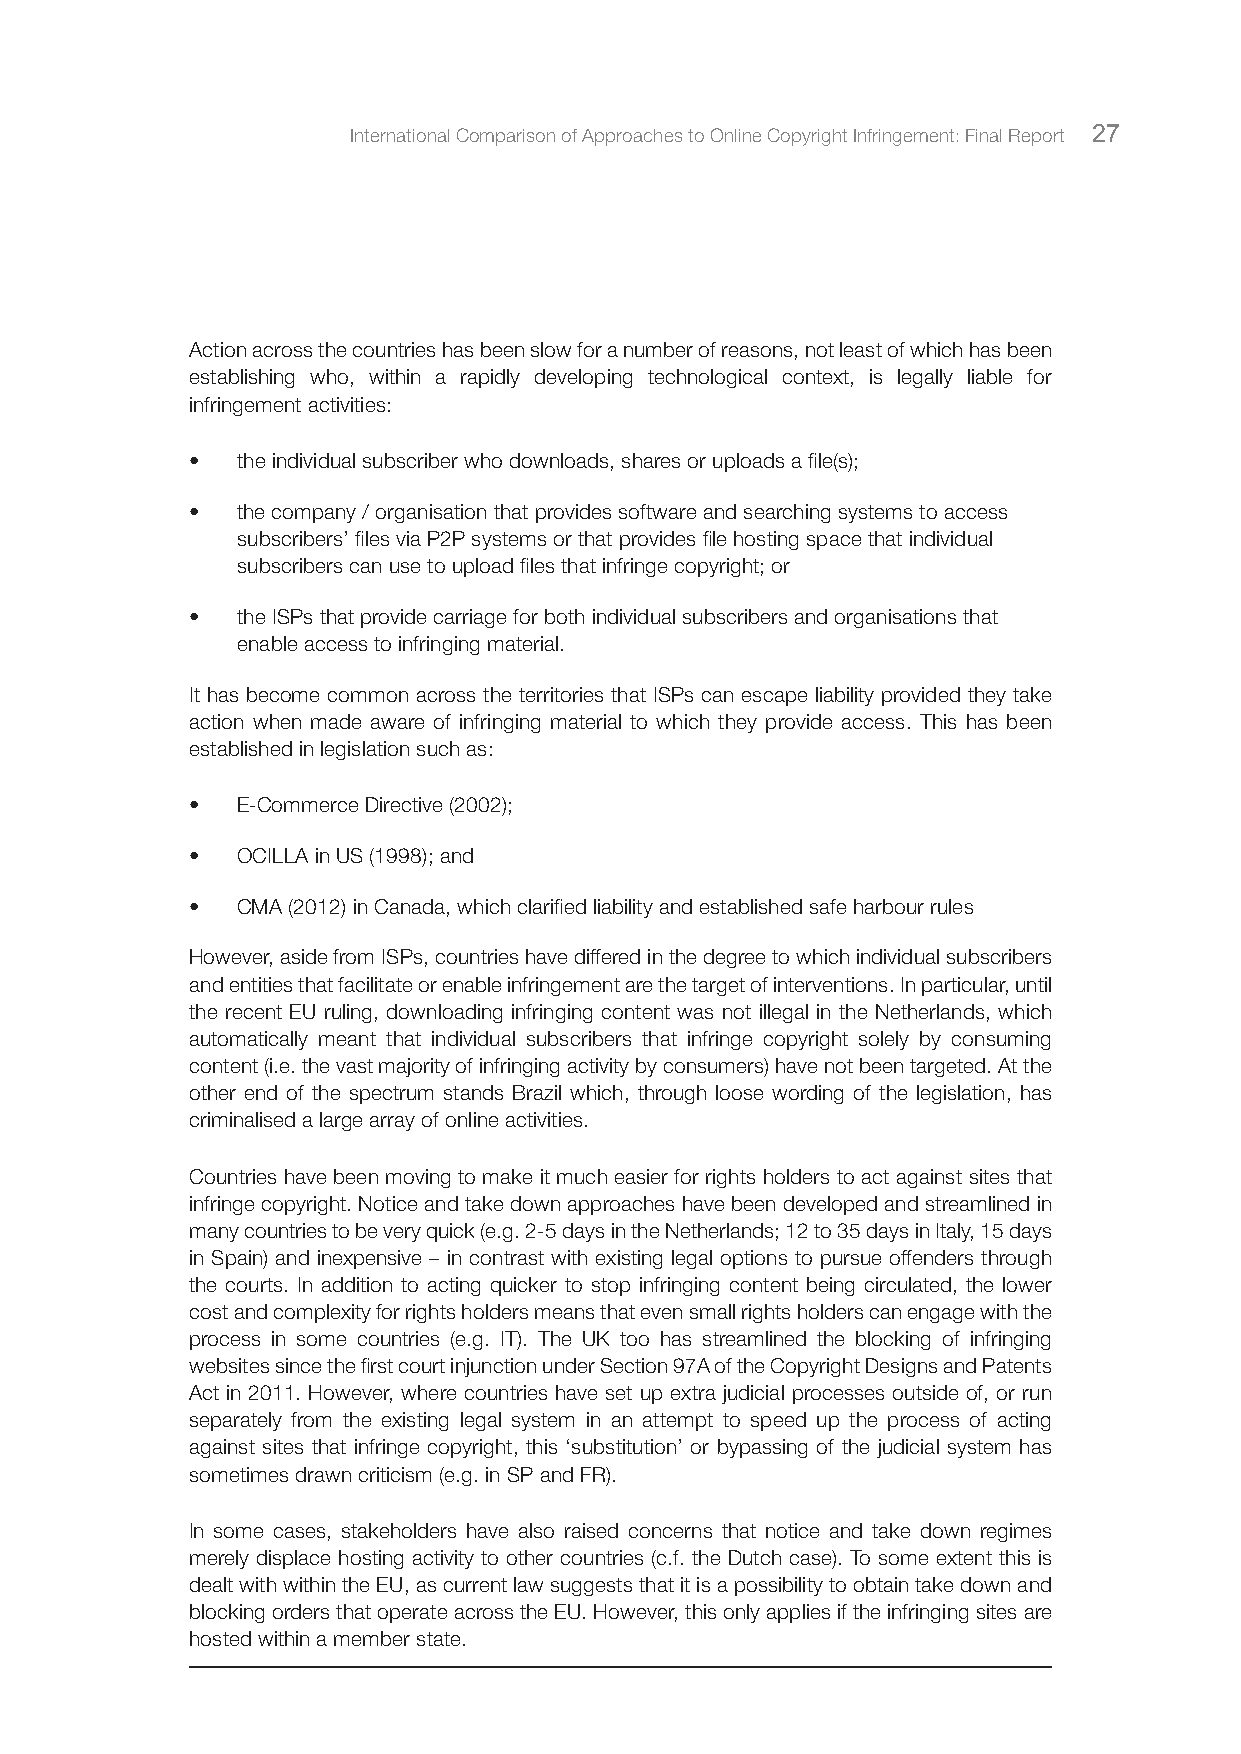
International Comparison of Approaches to Online Copyright Infringement: Final Report 27
 Action across the countries has been slow for a number of reasons, not least of which has been
 establishing who, within a rapidly developing technological context, is legally liable for
 infringement activities:
 •  the individual subscriber who downloads, shares or uploads a file(s);
 •  the company / organisation that provides software and searching systems to access
 subscribers’ files via P2P systems or that provides file hosting space that individual
 subscribers can use to upload files that infringe copyright; or
 •  the ISPs that provide carriage for both individual subscribers and organisations that
 enable access to infringing material.
 It has become common across the territories that ISPs can escape liability provided they take
 action when made aware of infringing material to which they provide access. This has been
 established in legislation such as:
 •  E-Commerce Directive (2002);
 •  OCILLA in US (1998); and
 •  CMA (2012) in Canada, which clarified liability and established safe harbour rules
 However, aside from ISPs, countries have differed in the degree to which individual subscribers
 and entities that facilitate or enable infringement are the target of interventions. In particular, until
 the recent EU ruling, downloading infringing content was not illegal in the Netherlands, which
 automatically meant that individual subscribers that infringe copyright solely by consuming
 content (i.e. the vast majority of infringing activity by consumers) have not been targeted. At the
 other end of the spectrum stands Brazil which, through loose wording of the legislation, has
 criminalised a large array of online activities.
 Countries have been moving to make it much easier for rights holders to act against sites that
 infringe copyright. Notice and take down approaches have been developed and streamlined in
 many countries to be very quick (e.g. 2-5 days in the Netherlands; 12 to 35 days in Italy, 15 days
 in Spain) and inexpensive – in contrast with existing legal options to pursue offenders through
 the courts. In addition to acting quicker to stop infringing content being circulated, the lower
 cost and complexity for rights holders means that even small rights holders can engage with the
 process in some countries (e.g. IT). The UK too has streamlined the blocking of infringing
 websites since the first court injunction under Section 97A of the Copyright Designs and Patents
 Act in 2011. However, where countries have set up extra judicial processes outside of, or run
 separately from the existing legal system in an attempt to speed up the process of acting
 against sites that infringe copyright, this ‘substitution’ or bypassing of the judicial system has
 sometimes drawn criticism (e.g. in SP and FR).
 In some cases, stakeholders have also raised concerns that notice and take down regimes
 merely displace hosting activity to other countries (c.f. the Dutch case). To some extent this is
 dealt with within the EU, as current law suggests that it is a possibility to obtain take down and
 blocking orders that operate across the EU. However, this only applies if the infringing sites are
 hosted within a member state.